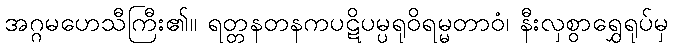
အဂ္ဂမဟေသီကြီး၏။ ရတ္တနတနကပဋိပမ္ပရုဝိရမ္မတာဝံ၊ နီးလှစွာရွှေရုပ်မှ